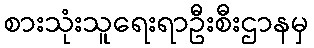
စားသုံးသူရေးရာဦးစီးဌာနမှ